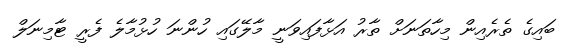
ބައިގެ ތެރެއިން މިހާތަނަށް ތާރު އަޅާފައިވަނީ މާލޭގައި ހުންނަ ހުޅުމާލެ ފެރީ ޓާމިނަލް